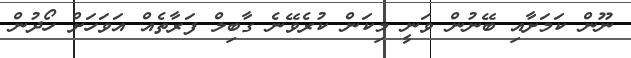
ނޫން ކަމަށާއި ބޭނުން ވަނީ މިކަން ކުރެވޭނެ ގާބިލް ފަރާތެއް އަވަހަށް ހޯދުން